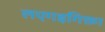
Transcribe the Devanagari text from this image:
लएगइगिक्ता